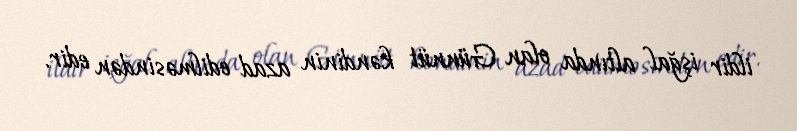
ildir işğal altında olan Günnüt kəndinin azad edilməsindən edir.